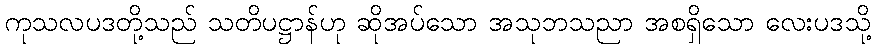
ကုသလပဒတို့သည် သတိပဋ္ဌာန်ဟု ဆိုအပ်သော အသုဘသညာ အစရှိသော လေးပဒသို့